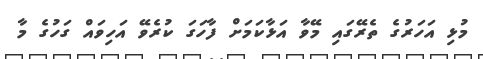
މުޅި އަހަރުގެ ތެރޭގައި މޭވާ އަޅާކަމަށް ފާހަގަ ކުރެވޭ އަހިވައް ގަހުގެ މާ